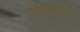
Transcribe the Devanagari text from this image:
तुघलकी